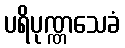
ပရိပုဏ္ဏသေခံ